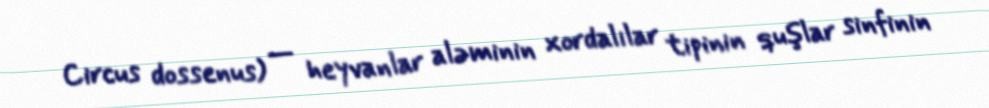
Circus dossenus) — heyvanlar aləminin xordalılar tipinin quşlar sinfinin